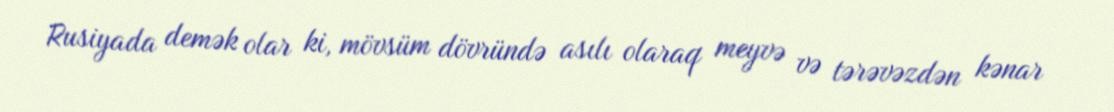
Rusiyada demək olar ki, mövsüm dövründə asılı olaraq meyvə və tərəvəzdən kənar